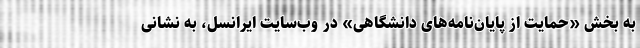
به بخش «حمایت از پایان‌نامه‌های دانشگاهی» در وب‌سایت ایرانسل، به نشانی